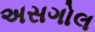
અસગોલ